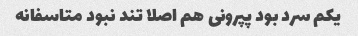
یکم سرد بود پپرونی هم اصلا تند نبود متاسفانه